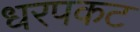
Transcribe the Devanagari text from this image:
धरपकट